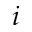
i